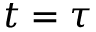
t = \tau